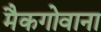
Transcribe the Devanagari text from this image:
मैकगोवाना